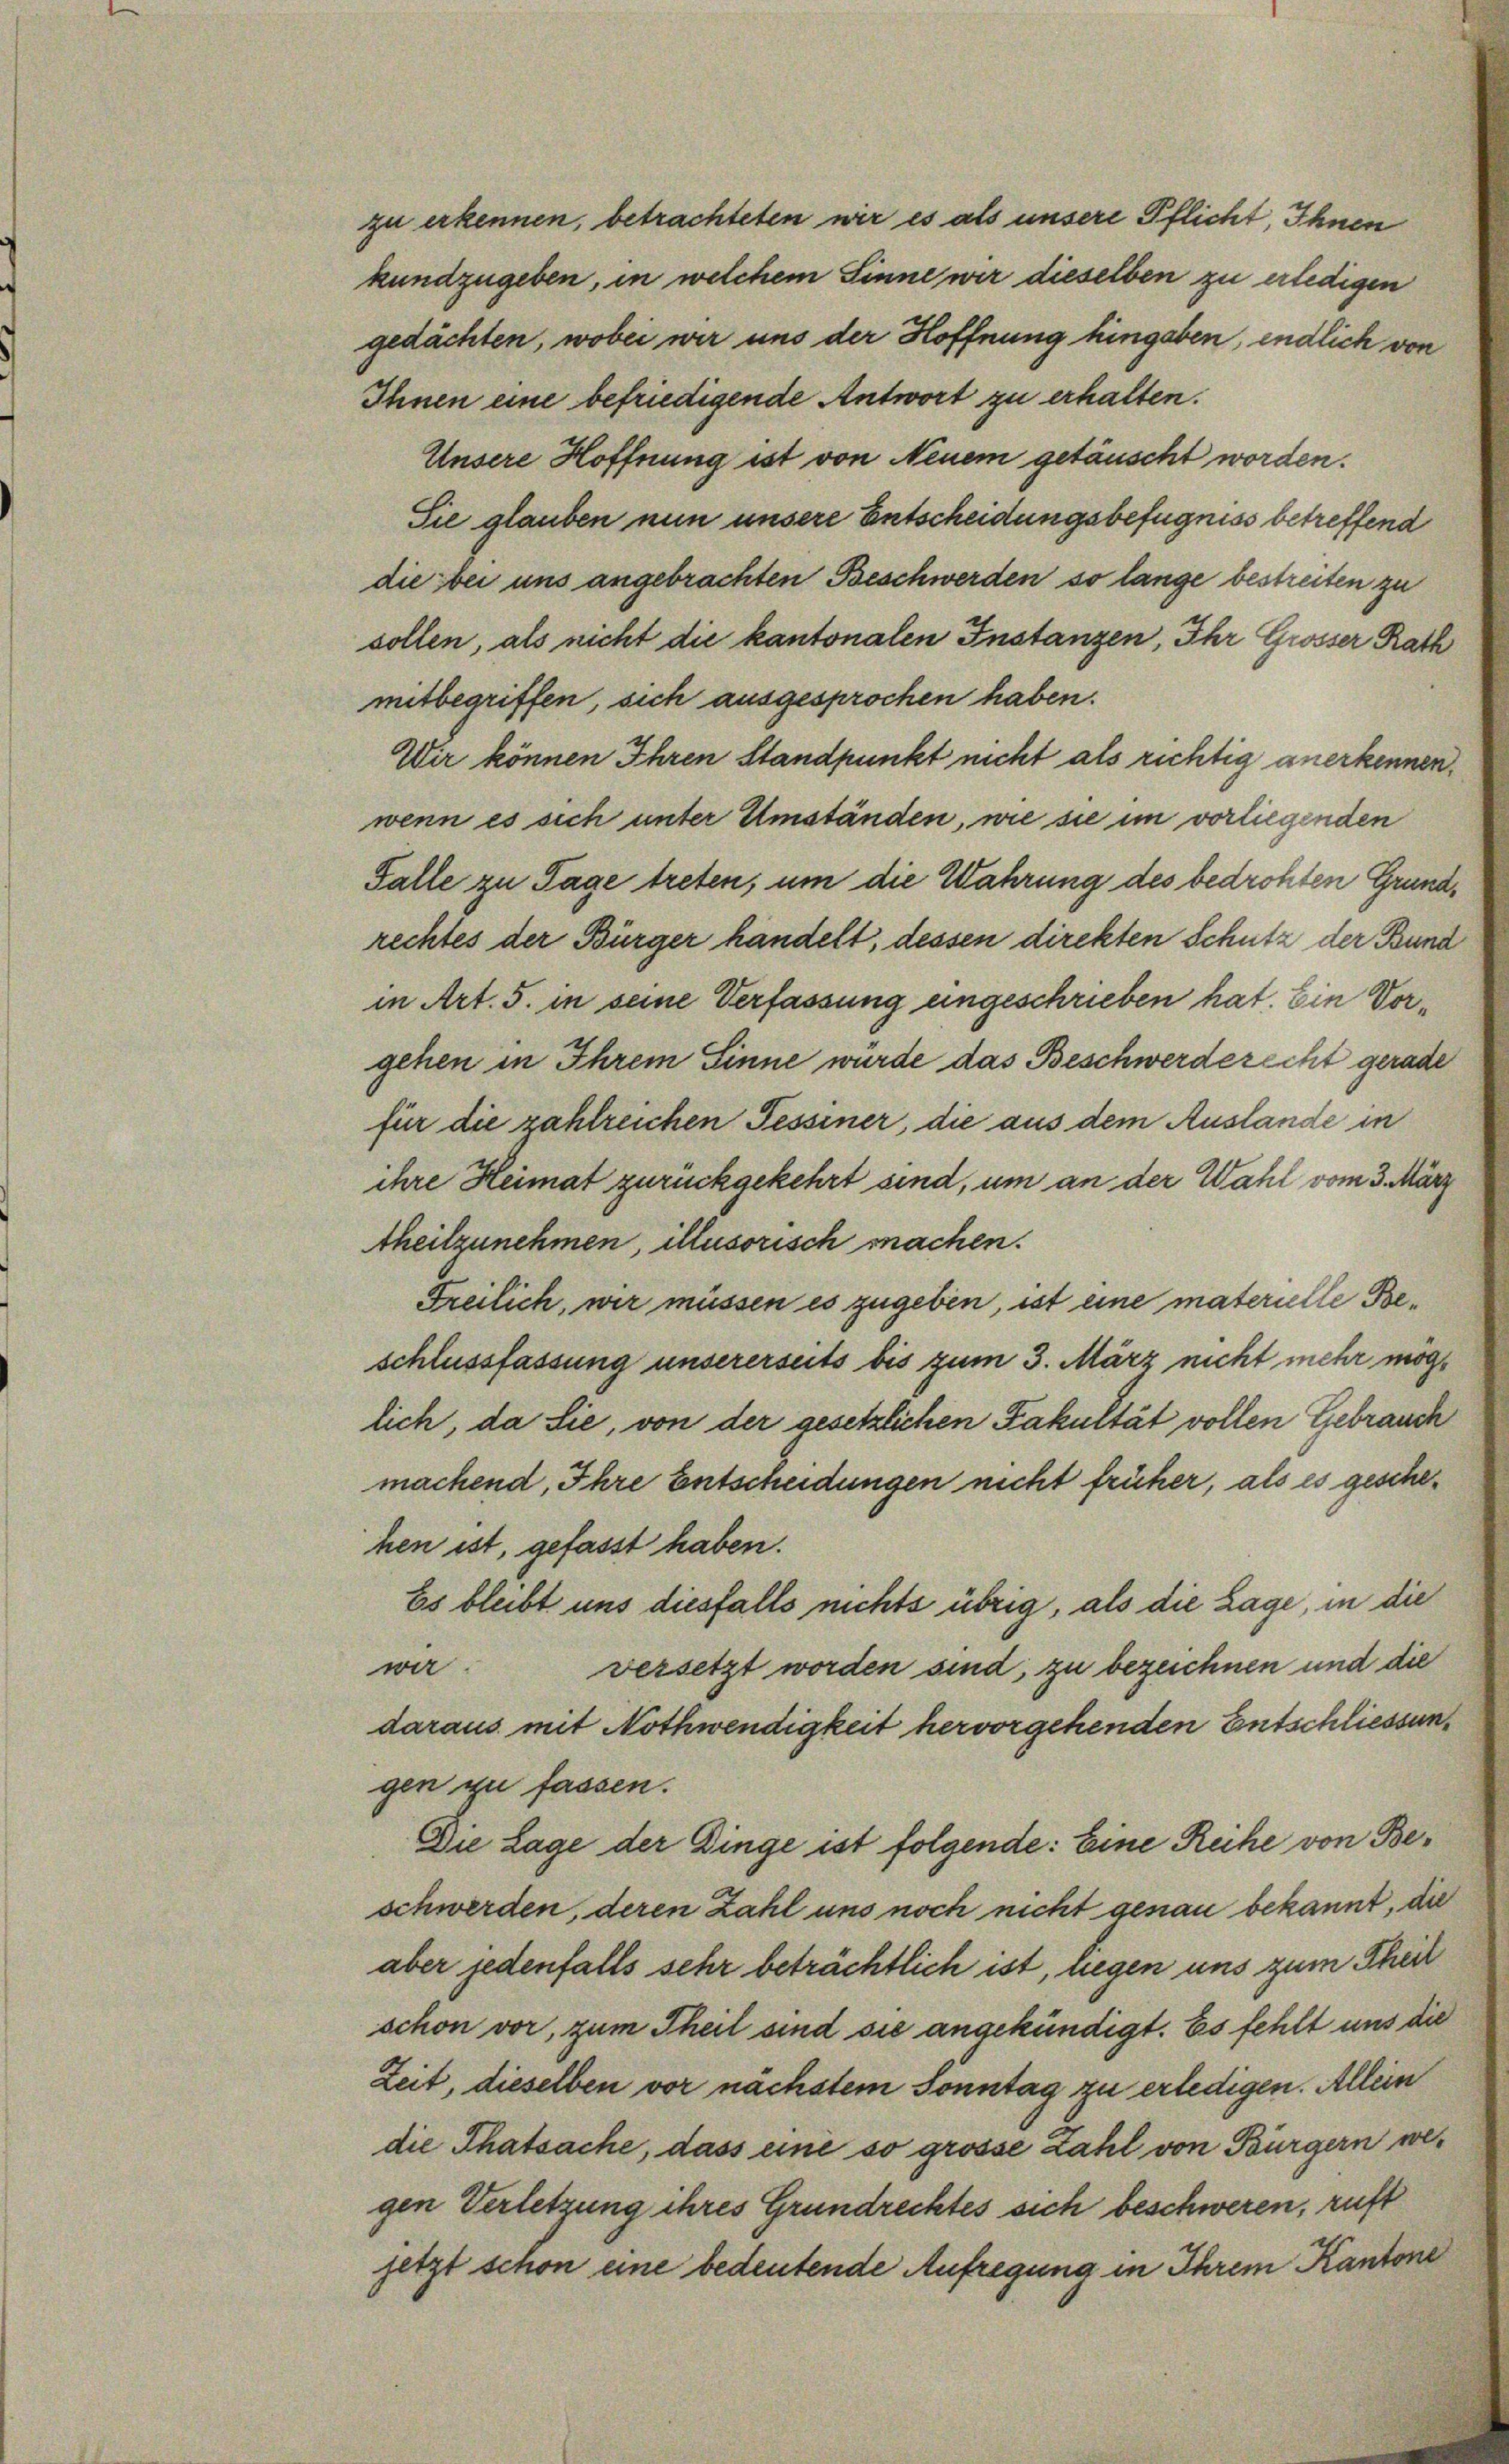
zu erkennen, betrachteten wir es als unsere Pflicht, Ihnen
kundzugeben, in welchem Sinne wir dieselben zu erledigen
gedächten, wobei wir uns der Hoffnung hingeben, endlich von
Ihnen eine befriedigende Antwort zu erhalten.
Unsere Hoffnung ist von Neuem getäuscht worden.
Sie glauben nun unsere Entscheidungsbefugniss betreffend
die bei uns angebrachten Beschwerden so lange bestreiten zu
sollen, als nicht die kantonalen Instanzen, Ihr Grosser Rath
mitbegriffen, sich ausgesprochen haben.
Wir können Ihren Standpunkt nicht als richtig anerkennen.
wenn es sich unter Umständen, wie sie im vorliegenden
Falle zu Tage treten, um die Wahrung des bedrohten Grundrechtes der Bürger handelt, dessen direkten Schutz der Bund
in Art. 5. in seine Verfassung eingeschrieben hat. Ein Vorgehen in Ihrem Sinne würde das Beschwerderecht gerade
für die zahlreichen Fessiner, die aus dem Auslande in
ihre Heimat zurückgekehrt sind, um an der Wahl vom 3. März
theilzunehmen, illusorisch machen.
Freilich, wir müssen es zugeben, ist eine materielle Beschlussfassung unsererseits bis zum 3. März nicht mehr möglich, da Sie, von der gesetzlichen Fakultät vollen Gebrauch
machend, Ihre Entscheidungen nicht früher, als es geschehen ist, gefasst haben.
Es bleibt uns diesfalls nichts übrig, als die Lage, in die
war.
versetzt worden sind, zu bezeichnen und die
daraus mit Nothwendigkeit hervorgehenden Entschliessung
gen zu fassen.
Die Lage der Dinge ist folgende: Eine Reihe von Beschwerden, deren Zahl uns noch nicht genau bekannt, die
aber jedenfalls sehr beträchtlich ist, liegen uns zum Theil
schon vor, zum Theil sind sie angekündigt. Es fehlt uns die
Zeit, dieselben vor nächstem Sonntag zu erledigen. Allein
die Thatsache, dass eine so grosse Zahl von Bürgern wegen Verletzung ihres Grundrechtes sich beschweren, ruft
jetzt schon eine bedeutende Aufregung in Ihrem Kantone